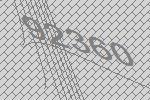
92360